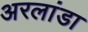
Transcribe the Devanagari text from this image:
अरलांडा